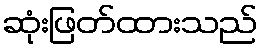
ဆုံးဖြတ်ထားသည်